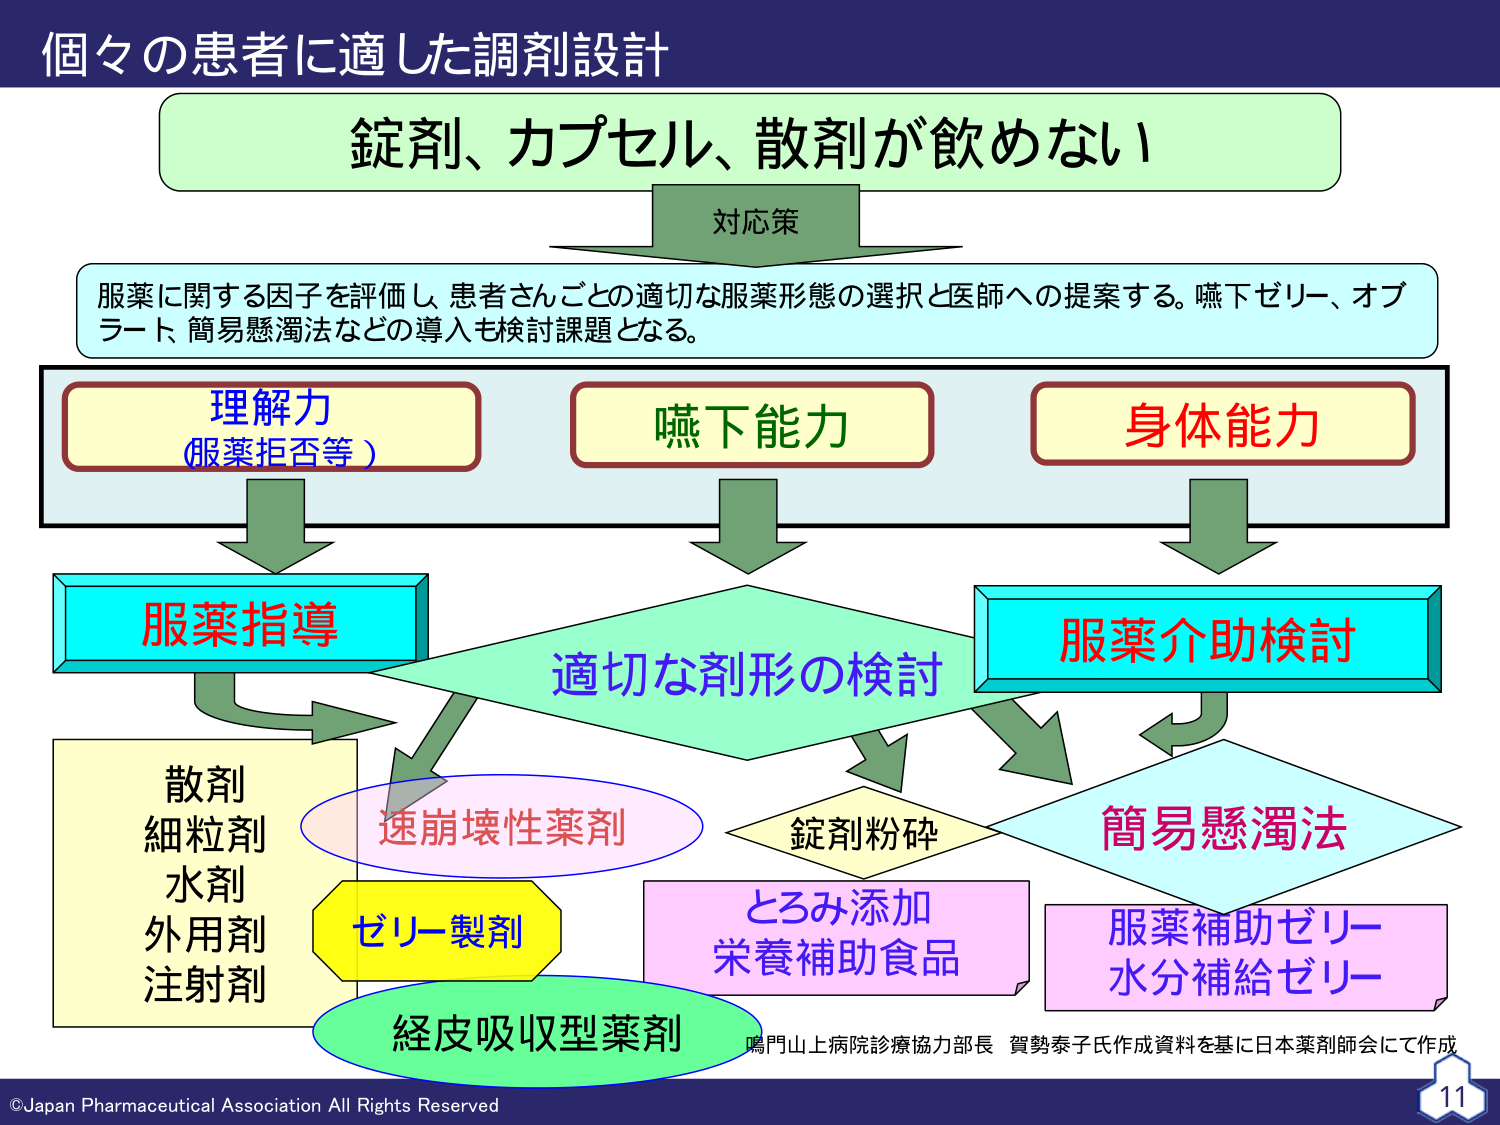
個々の患者に適した調剤設計
錠剤、カプセル、散剤が飲めない
対応策
服薬に関する因子を評価し、患者さんごとの適切な服薬形態の選択と医師への提案する。嚥下ゼリー、オブラート、簡易懸濁法などの導入も検討課題となる。
理解力
(服薬拒否等)
嚥下能力
身体能力
服薬指導
適切な剤形の検討
服薬介助検討
散剤
細粒剤
水剤
外用剤
注射剤
速崩壊性薬剤
錠剤粉砕
簡易懸濁法
ゼリー製剤
とろみ添加
栄養補助食品
服薬補助ゼリー
水分補給ゼリー
経皮吸収型薬剤
鳴門山上病院診療協力部長 賀勢泰子氏作成資料を基に日本薬剤師会にて作成
©Japan Pharmaceutical Association All Rights Reserved
11